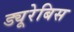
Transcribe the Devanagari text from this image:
ड्यूरेबिस